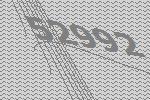
52992